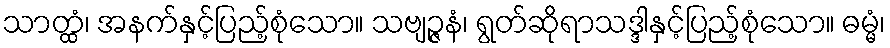
သာတ္ထံ၊ အနက်နှင့်ပြည့်စုံသော။ သဗျဉ္ဇနံ၊ ရွတ်ဆိုရာသဒ္ဒါနှင့်ပြည့်စုံသော။ ဓမ္မံ၊